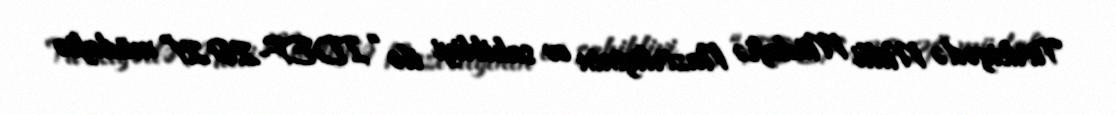
Türkiyədə Milli Müdafiə Nazirliyinin ev sahibliyi ilə “IDEF-2021” müdafiə